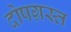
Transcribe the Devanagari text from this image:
दोषग्रस्त